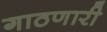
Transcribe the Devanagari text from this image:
गाठणारी